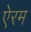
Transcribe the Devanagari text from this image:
ऐरम